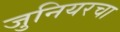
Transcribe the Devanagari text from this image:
जुनियरचा